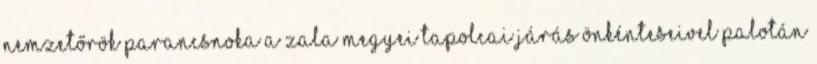
nemzetőrök parancsnoka a Zala megyei tapolcai járás önkénteseivel Palotán